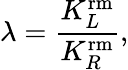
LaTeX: \lambda=\frac{K_{L}^{\mathrm{rm}}}{K_{R}^{\mathrm{rm}}},